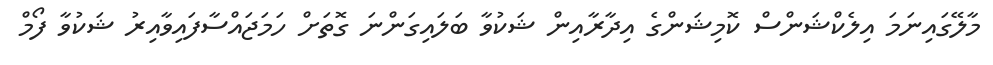
މާލޭގައިނަމަ އިލެކްޝަންސް ކޮމިޝަންގެ އިދާރާއިން ޝަކުވާ ބަލައިގަންނަ ގޮތަށް ހަމަޖައްސާފައިވާއިރު ޝަކުވާ ފޯމް